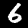
Label: 6